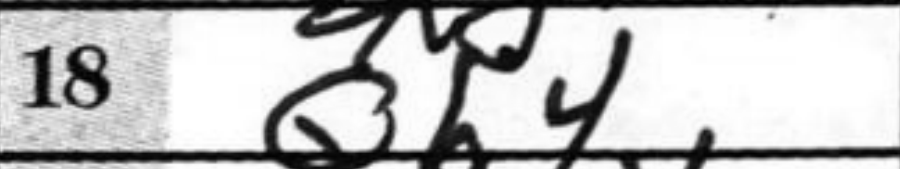
Transcription: Qh4